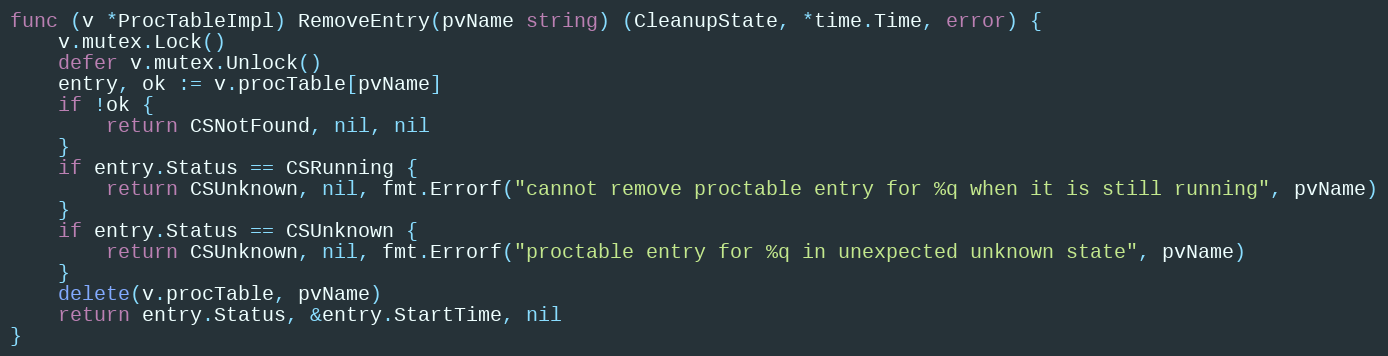
Language: Go
func (v *ProcTableImpl) RemoveEntry(pvName string) (CleanupState, *time.Time, error) {
	v.mutex.Lock()
	defer v.mutex.Unlock()
	entry, ok := v.procTable[pvName]
	if !ok {
		return CSNotFound, nil, nil
	}
	if entry.Status == CSRunning {
		return CSUnknown, nil, fmt.Errorf("cannot remove proctable entry for %q when it is still running", pvName)
	}
	if entry.Status == CSUnknown {
		return CSUnknown, nil, fmt.Errorf("proctable entry for %q in unexpected unknown state", pvName)
	}
	delete(v.procTable, pvName)
	return entry.Status, &entry.StartTime, nil
}